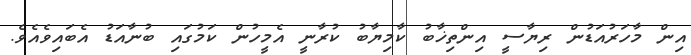
އިން މާހަރުއަޑުން ރިޔާސީ އިންތިޚާބު ކާމިޔާބު ކުރާނީ އެމީހުން ކަމުގައި ބުނާއަޑު އެބައިވެއެވެ.